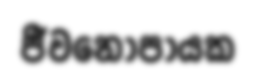
ජීවනෝපායක